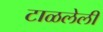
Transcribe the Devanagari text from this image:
टाळलेली